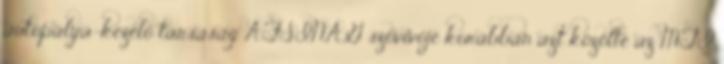
autópálya-kezelő társaság AFSINAG szóvivője korábban azt közölte az MTI